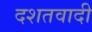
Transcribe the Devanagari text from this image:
दशतवादी